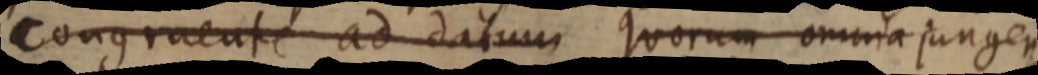
congruente ad datum Quorum omnia jungen